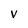
Character: v